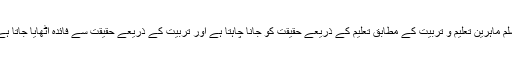
مسلم ماہرین تعلیم و تربیّت کے مطابق تعلیم کے ذریعے حقیقت کو جانا چاہتا ہے اور تربیّت کے ذریعے حقیقت سے فائدہ اٹھایا جاتا ہے ۔